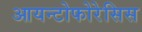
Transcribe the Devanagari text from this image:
आयन्टोफोरेसिस